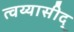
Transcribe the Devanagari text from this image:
त्वय्यासीद्